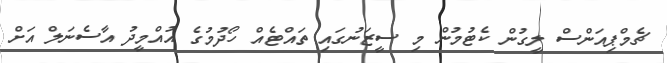
ޗެމްޕިއަންސް ލީގުން ކެޓުމުން މި ސީޒަނުގައި ތައްޓެއް ހޯދުމުގެ އުއްމީދު އާސެނަލް އަށް